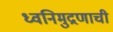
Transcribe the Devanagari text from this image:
ध्वनिमुद्रणाची